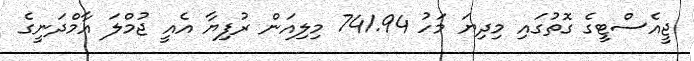
ޖީއެސްޓީގެ ގޮތުގައި މިދިޔަ މަހު 741.94 މިލިއަން ރުފިޔާ އެއީ ޖުމްލަ އާމްދަނީގެ